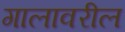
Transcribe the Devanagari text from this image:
गालावरील